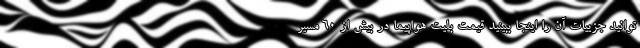
توانید جزییات آن را اینجا ببینید قیمت بلیت هواپیما در بیش از ۶۰ مسیر